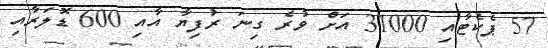
57 ޕެކެޓާއި 31000 އަށް ވުރެ ގިނަ ރުފިޔާ އާއި 600 ޑޮލަރާއި